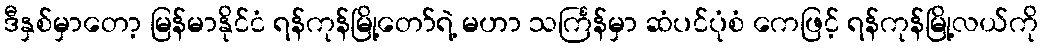
ဒီနှစ်မှာတော့ မြန်မာနိုင်ငံ ရန်ကုန်မြို့တော်ရဲ့ မဟာ သင်္ကြန်မှာ ဆံပင်ပုံစံ ကေဖြင့် ရန်ကုန်မြို့လယ်ကို